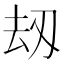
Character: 刼